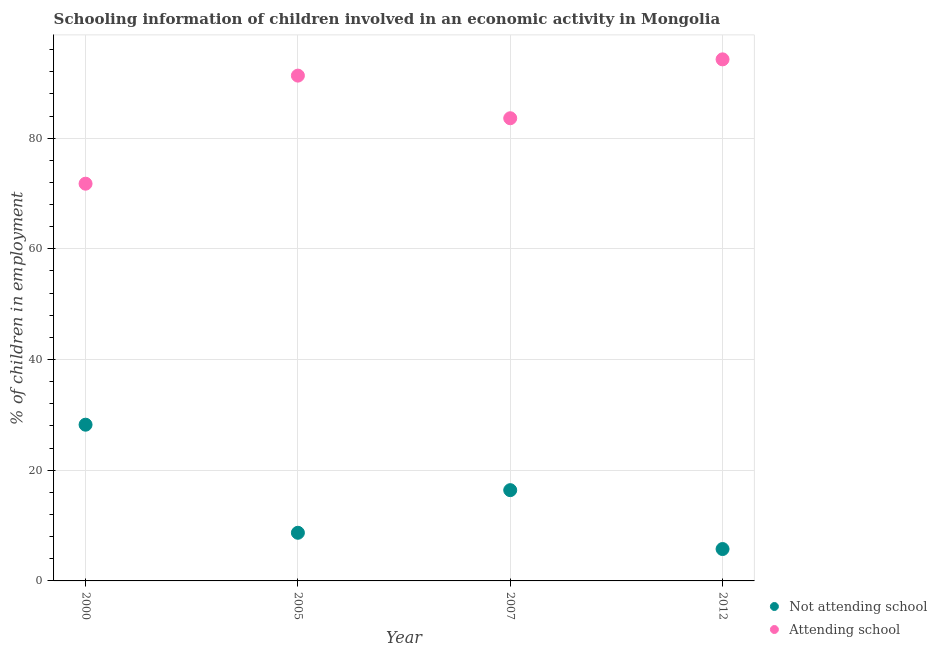
| Year | Not attending school | Attending school |
 | --- | --- | --- |
 | 2000 | 28.2 | 71.8 |
 | 2005 | 8.7 | 91.3 |
 | 2007 | 16.4 | 83.6 |
 | 2012 | 5.76 | 94.2 |